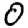
Digit: 0